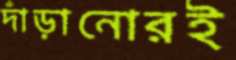
দাঁড়ানোরই